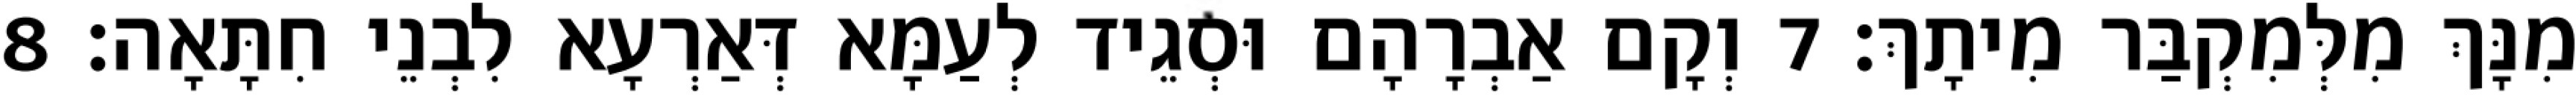
מִנָּךְ מִלְּמִקְבַּר מִיתָךְ׃ 7 וְקָם אַבְרָהָם וּסְגֵיד לְעַמָּא דְּאַרְעָא לִבְנֵי חִתָּאָה׃ 8